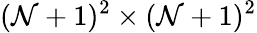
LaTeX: (\mathcal{N}+1)^{2}\times(\mathcal{N}+1)^{2}